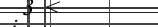
: